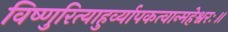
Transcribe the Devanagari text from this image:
विष्णुरित्याहुर्व्यापकत्वान्महेश्वरः॥